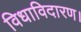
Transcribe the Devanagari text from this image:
विधाविदारण।